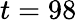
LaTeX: t=98